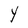
Character: Y